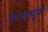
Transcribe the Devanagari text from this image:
लाक्षपूर्ण